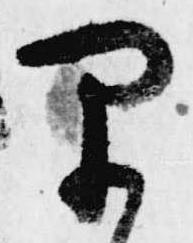
早